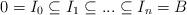
LaTeX: \begin{align*}0=I_0 \subseteq I_1 \subseteq ... \subseteq I_n = B\end{align*}